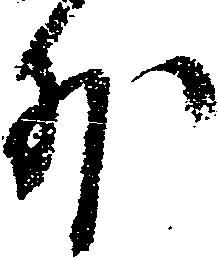
外